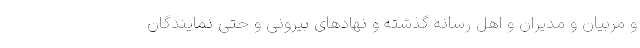
و مربیان و مدیران و اهل رسانه گذشته و نهادهای بیرونی و حتی نمایندگان